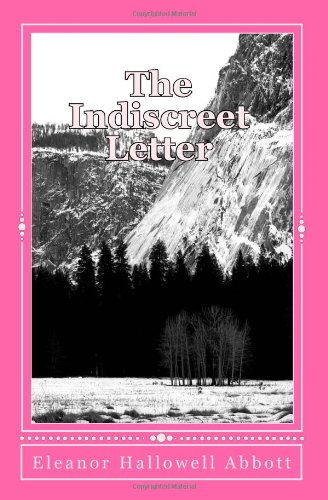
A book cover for The Indiscreet Letter; Eleanor Hallowell Abbott; Crafts, Hobbies & Home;